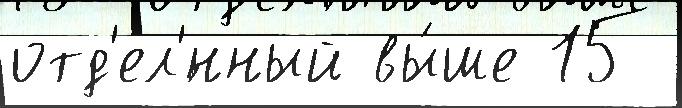
отд'ел'́нный вы́ше 15